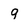
Character: 9